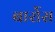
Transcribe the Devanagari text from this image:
बार्रोस